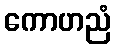
ကောဟညံ